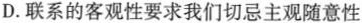
D.联系的客观性要求我们切忌主观随意性